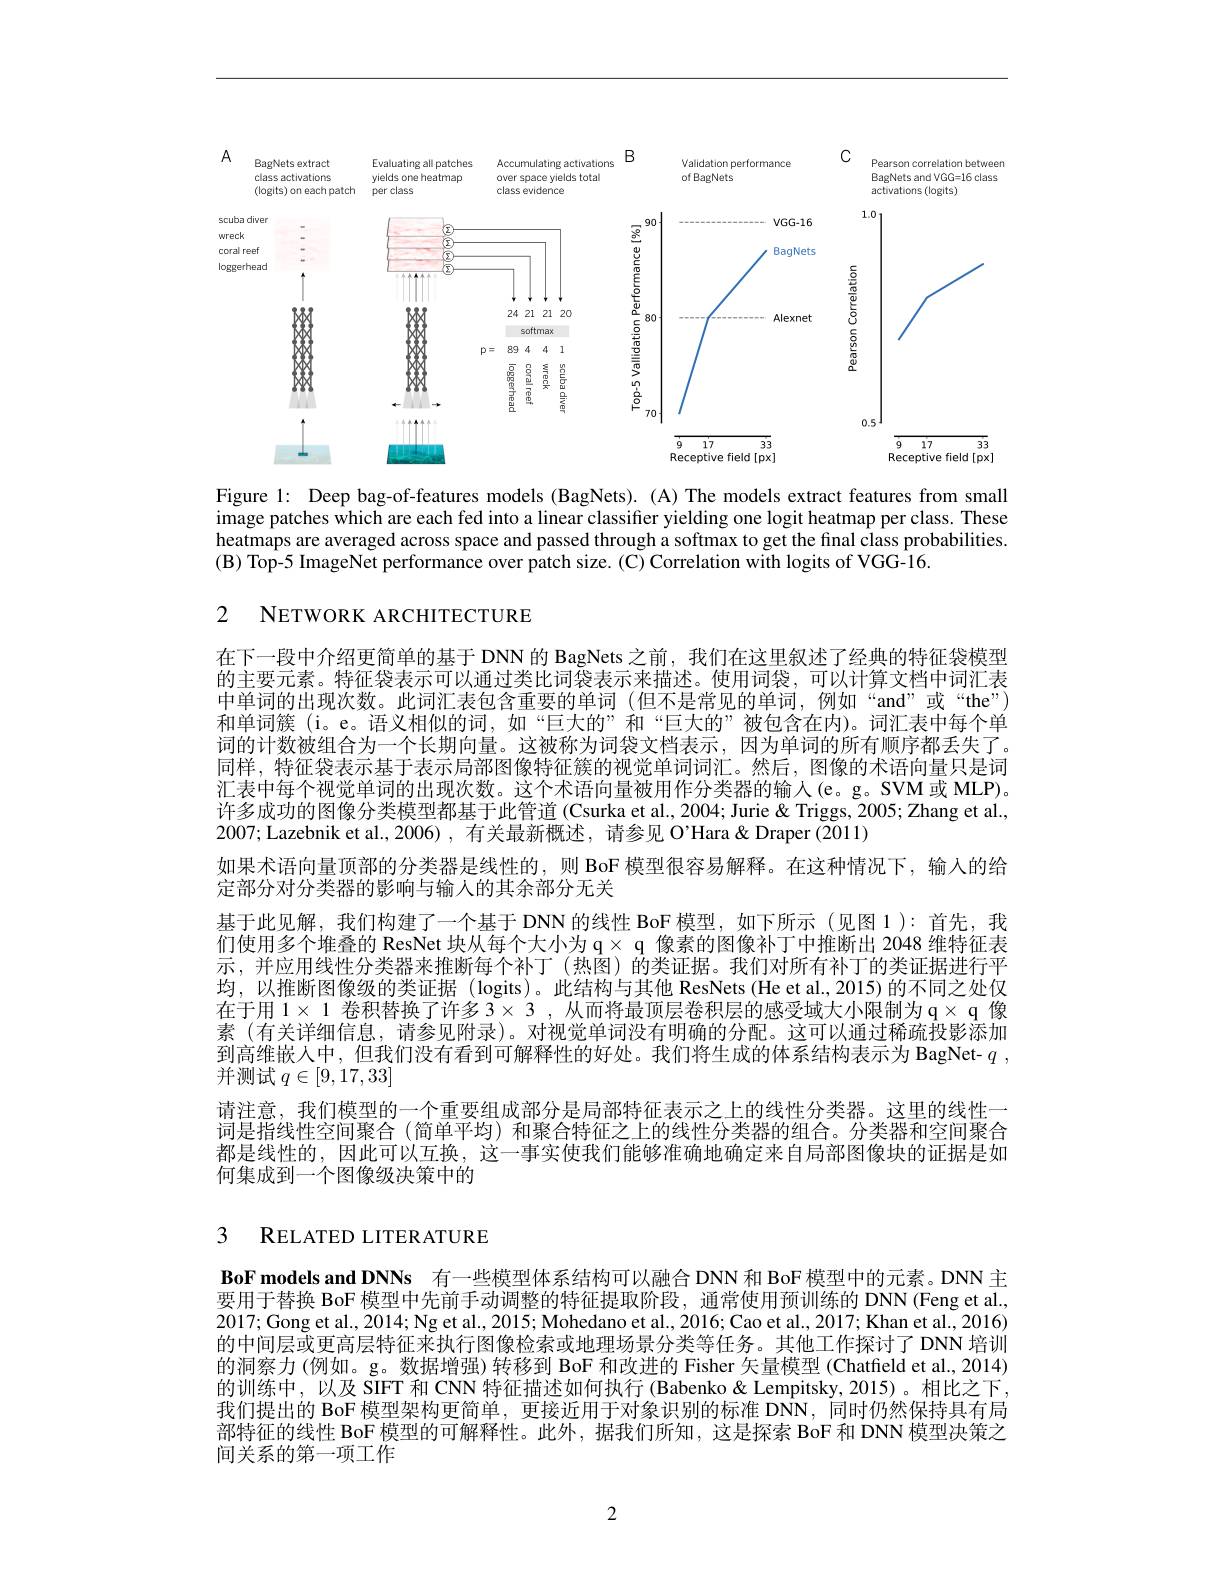
<FigureHere>

Figure 1: Deep bag-of-features models (BagNets). (A) The models extract features from small image patches which are each fed into a linear classifier yielding one logit heatmap per class. These heatmaps are averaged across space and passed through a softmax to get the final class probabilities. $(B)\hat{\text{ Top-5 ImageNet performance over patch size.(C)Correlation with logits of VGG-16.}}$

2 NETWORK ARCHITECTURE

在下一段中介绍更简单的基于 DNN 的 BagNets 之前，我们在这里叙述了经典的特征袋模型的主要元素。特征袋表示可以通过类比词袋表示来描述。使用词袋，可以计算文档中词汇表中单词的出现次数。此词汇表包含重要的单词(但不是常见的单词，例如“and”或“the”) 和单词簇 (i。e。语义相似的词，如“巨大的”和“巨大的”被包含在内)。词汇表中每个单词的计数被组合为一个长期向量。这被称为词袋文档表示，因为单词的所有顺序都丢失了。同样，特征袋表示基于表示局部图像特征簇的视觉单词词汇。然后，图像的术语向量只是词汇表中每个视觉单词的出现次数。这个术语向量被用作分类器的输入(e。g。SVM 或 MLP)。许多成功的图像分类模型都基于此管道 (Csurka et al., 2004; Jurie & Triggs, 2005; Zhang et al., 2007; Lazebnik et al., 2006) , 有关最新概述，请参见 O'Hara& Draper (2011)
如果术语向量顶部的分类器是线性的，则 BoF 模型很容易解释。在这种情况下，输人的给
定部分对分类器的影响与输人的其余部分无关
基于此见解，我们构建了一个基于 DNN 的线性 BoF 模型，如下所示 (见图1):首先，我们使用多个堆叠的 ResNet 块从每个大小为 q× q 像素的图像补丁中推断出 2048 维特征表示，并应用线性分类器来推断每个补丁(热图)的类证据。我们对所有补丁的类证据进行平均，以推断图像级的类证据 (logits)。此结构与其他 ResNets(He et al.,2015)的不同之处仅在于用$1\times1$卷积替换了许多$3\times3$,从而将最顶层卷积层的感受域大小限制为$\mathfrak{q}\times\mathfrak{q}$像素 (有关详细信息，请参见附录)。对视觉单词没有明确的分配。这可以通过稀疏投影添加到高维嵌人中，但我们没有看到可解释性的好处。我们将生成的体系结构表示为 BagNet- $q$ , 并测试$q\in[9,17,33]$
请注意，我们模型的一个重要组成部分是局部特征表示之上的线性分类器。这里的线性一词是指线性空间聚合 (简单平均) 和聚合特征之上的线性分类器的组合。分类器和空间聚合都是线性的，因此可以互换，这一事实使我们能够准确地确定来自局部图像块的证据是如何集成到一个图像级决策中的

## 3 RELATED LITERATURE

BoF models and DNNs 有一些模型体系结构可以融合 DNN 和 BoF 模型中的元素。DNN 主要用于替换 BoF 模型中先前手动调整的特征提取阶段，通常使用预训练的 DNN (Feng et al., 2017; Gong et al., 2014; Ng et al., 2015; Mohedano et al., 2016; Cao et al., 2017; Khan et al., 2016) 的中间层或更高层特征来执行图像检索或地理场景分类等任务。其他工作探讨了 DNN 培训的洞察力(例如。g。数据增强)转移到 BoF 和改进的 Fisher 矢量模型 (Chatfield et al., 2014) 的训练中，以及 SIFT 和 CNN 特征描述如何执行 (Babenko & Lempitsky, 2015) 。相比之下， 我们提出的 BoF 模型架构更简单，更接近用于对象识别的标准 DNN, 同时仍然保持具有局部特征的线性 BoF 模型的可解释性。此外，据我们所知，这是探索 BoF 和 DNN 模型决策之间关系的第一项工作

2